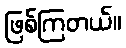
ဖြစ်ကြတယ်။